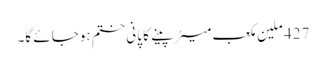
427 ملین مکعب میٹر پینے کا پانی ختم ہوجائے گا۔